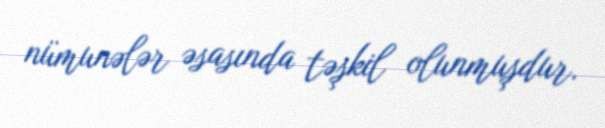
nümunələr əsasında təşkil olunmuşdur.